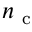
n _ { \mathrm { ~ c ~ } }